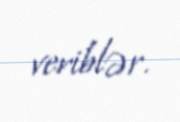
veriblər.